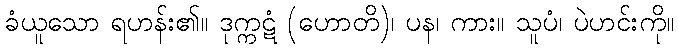
ခံယူသော ရဟန်း၏။ ဒုက္ကဋံ (ဟောတိ)၊ ပန၊ ကား။ သူပံ၊ ပဲဟင်းကို။